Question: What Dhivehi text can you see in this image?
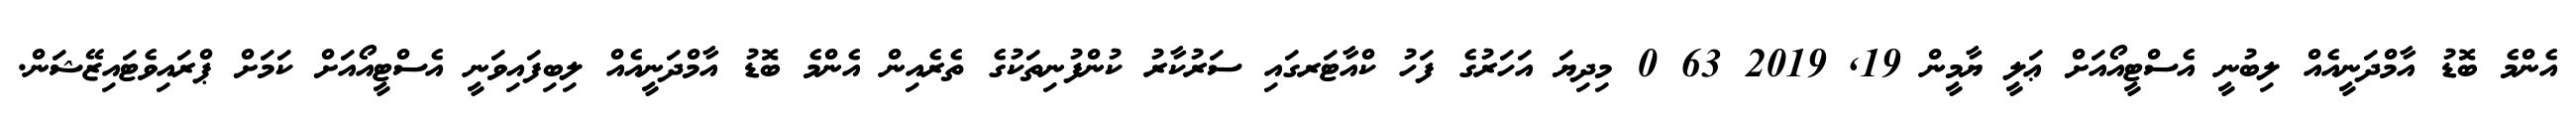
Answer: އެންމެ ބޮޑު އާމްދަނީއެއް ލިބުނީ އެސްޓީއޯއަށް ޢަލީ ޔާމީން 19, 2019 63 0 މިދިޔަ އަހަރުގެ ފަހު ކްއާޓަރގައި ސަރުކާރު ކުންފުނިތަކުގެ ތެރެއިން އެންމެ ބޮޑު އާމްދަނީއެއް ލިބިފައިވަނީ އެސްޓީއޯއަށް ކަމަށް ޕްރައިވެޓައިޒޭޝަން.